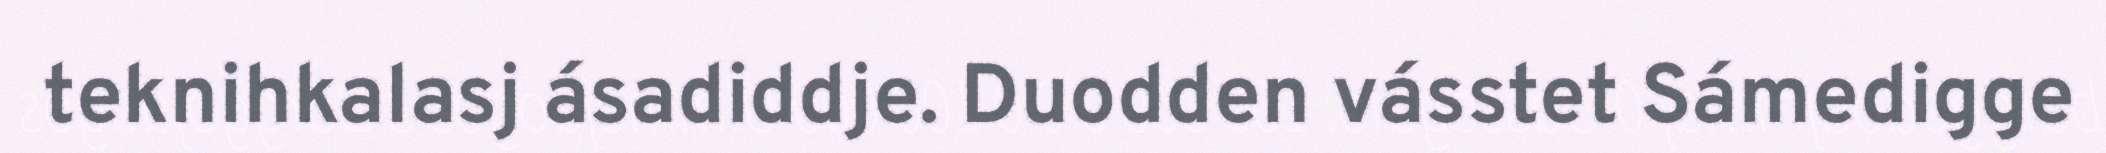
teknihkalasj ásadiddje. Duodden vásstet Sámedigge